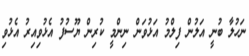
ނަހުލާ ބުނީ އަލުން ފިލްމު އަޅުވަން ނިންމީ ކުރިން ޔޫސުފު އެޅުވިއިރު އެޅުވި